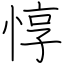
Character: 惇